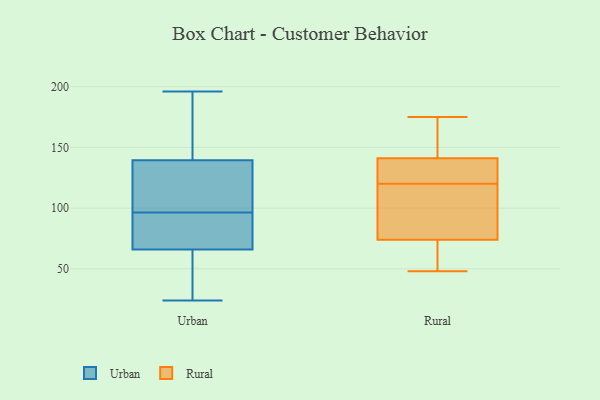
{"axis": {"x": "Net Income (USD K)", "y": "Value"}, "legend": ["Rural", "Urban"], "data": [{"x": "", "y": 50, "type": "Urban"}, {"x": "", "y": 71, "type": "Urban"}, {"x": "", "y": 194, "type": "Urban"}, {"x": "", "y": 138, "type": "Urban"}, {"x": "", "y": 72, "type": "Urban"}, {"x": "", "y": 184, "type": "Urban"}, {"x": "", "y": 63, "type": "Urban"}, {"x": "", "y": 125, "type": "Urban"}, {"x": "", "y": 188, "type": "Urban"}, {"x": "", "y": 196, "type": "Urban"}, {"x": "", "y": 68, "type": "Urban"}, {"x": "", "y": 64, "type": "Urban"}, {"x": "", "y": 117, "type": "Urban"}, {"x": "", "y": 141, "type": "Urban"}, {"x": "", "y": 75, "type": "Urban"}, {"x": "", "y": 124, "type": "Urban"}, {"x": "", "y": 48, "type": "Urban"}, {"x": "", "y": 76, "type": "Urban"}, {"x": "", "y": 24, "type": "Urban"}, {"x": "", "y": 129, "type": "Urban"}, {"x": "", "y": 135, "type": "Rural"}, {"x": "", "y": 138, "type": "Rural"}, {"x": "", "y": 106, "type": "Rural"}, {"x": "", "y": 152, "type": "Rural"}, {"x": "", "y": 90, "type": "Rural"}, {"x": "", "y": 134, "type": "Rural"}, {"x": "", "y": 48, "type": "Rural"}, {"x": "", "y": 144, "type": "Rural"}, {"x": "", "y": 58, "type": "Rural"}, {"x": "", "y": 175, "type": "Rural"}, {"x": "", "y": 55, "type": "Rural"}, {"x": "", "y": 94, "type": "Rural"}]}